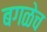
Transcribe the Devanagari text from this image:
बगळेच